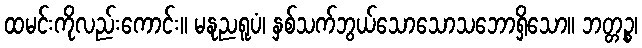
ထမင်းကိုလည်းကောင်း။ မနုညရူပံ၊ နှစ်သက်ဘွယ်သောသောသဘောရှိသော။ ဘတ္တဉ္စ၊